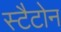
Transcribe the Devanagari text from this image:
स्टैटोन